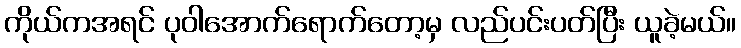
ကိုယ်ကအရင် ပုဝါအောက်ရောက်တော့မှ လည်ပင်းပတ်ပြီး ယူခဲ့မယ်။